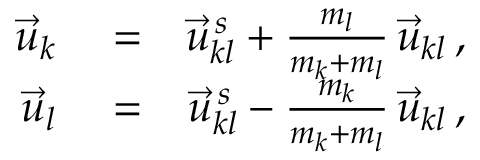
\begin{array} { r l r } { \vec { u } _ { k } } & { { } = } & { \vec { u } _ { k l } ^ { \, s } + \frac { m _ { l } } { m _ { k } + m _ { l } } \, \vec { u } _ { k l } \, , } \\ { \vec { u } _ { l } } & { { } = } & { \vec { u } _ { k l } ^ { \, s } - \frac { m _ { k } } { m _ { k } + m _ { l } } \, \vec { u } _ { k l } \, , } \end{array}